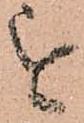
を